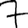
Digit: 7